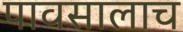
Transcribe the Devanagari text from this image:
पावसालाच